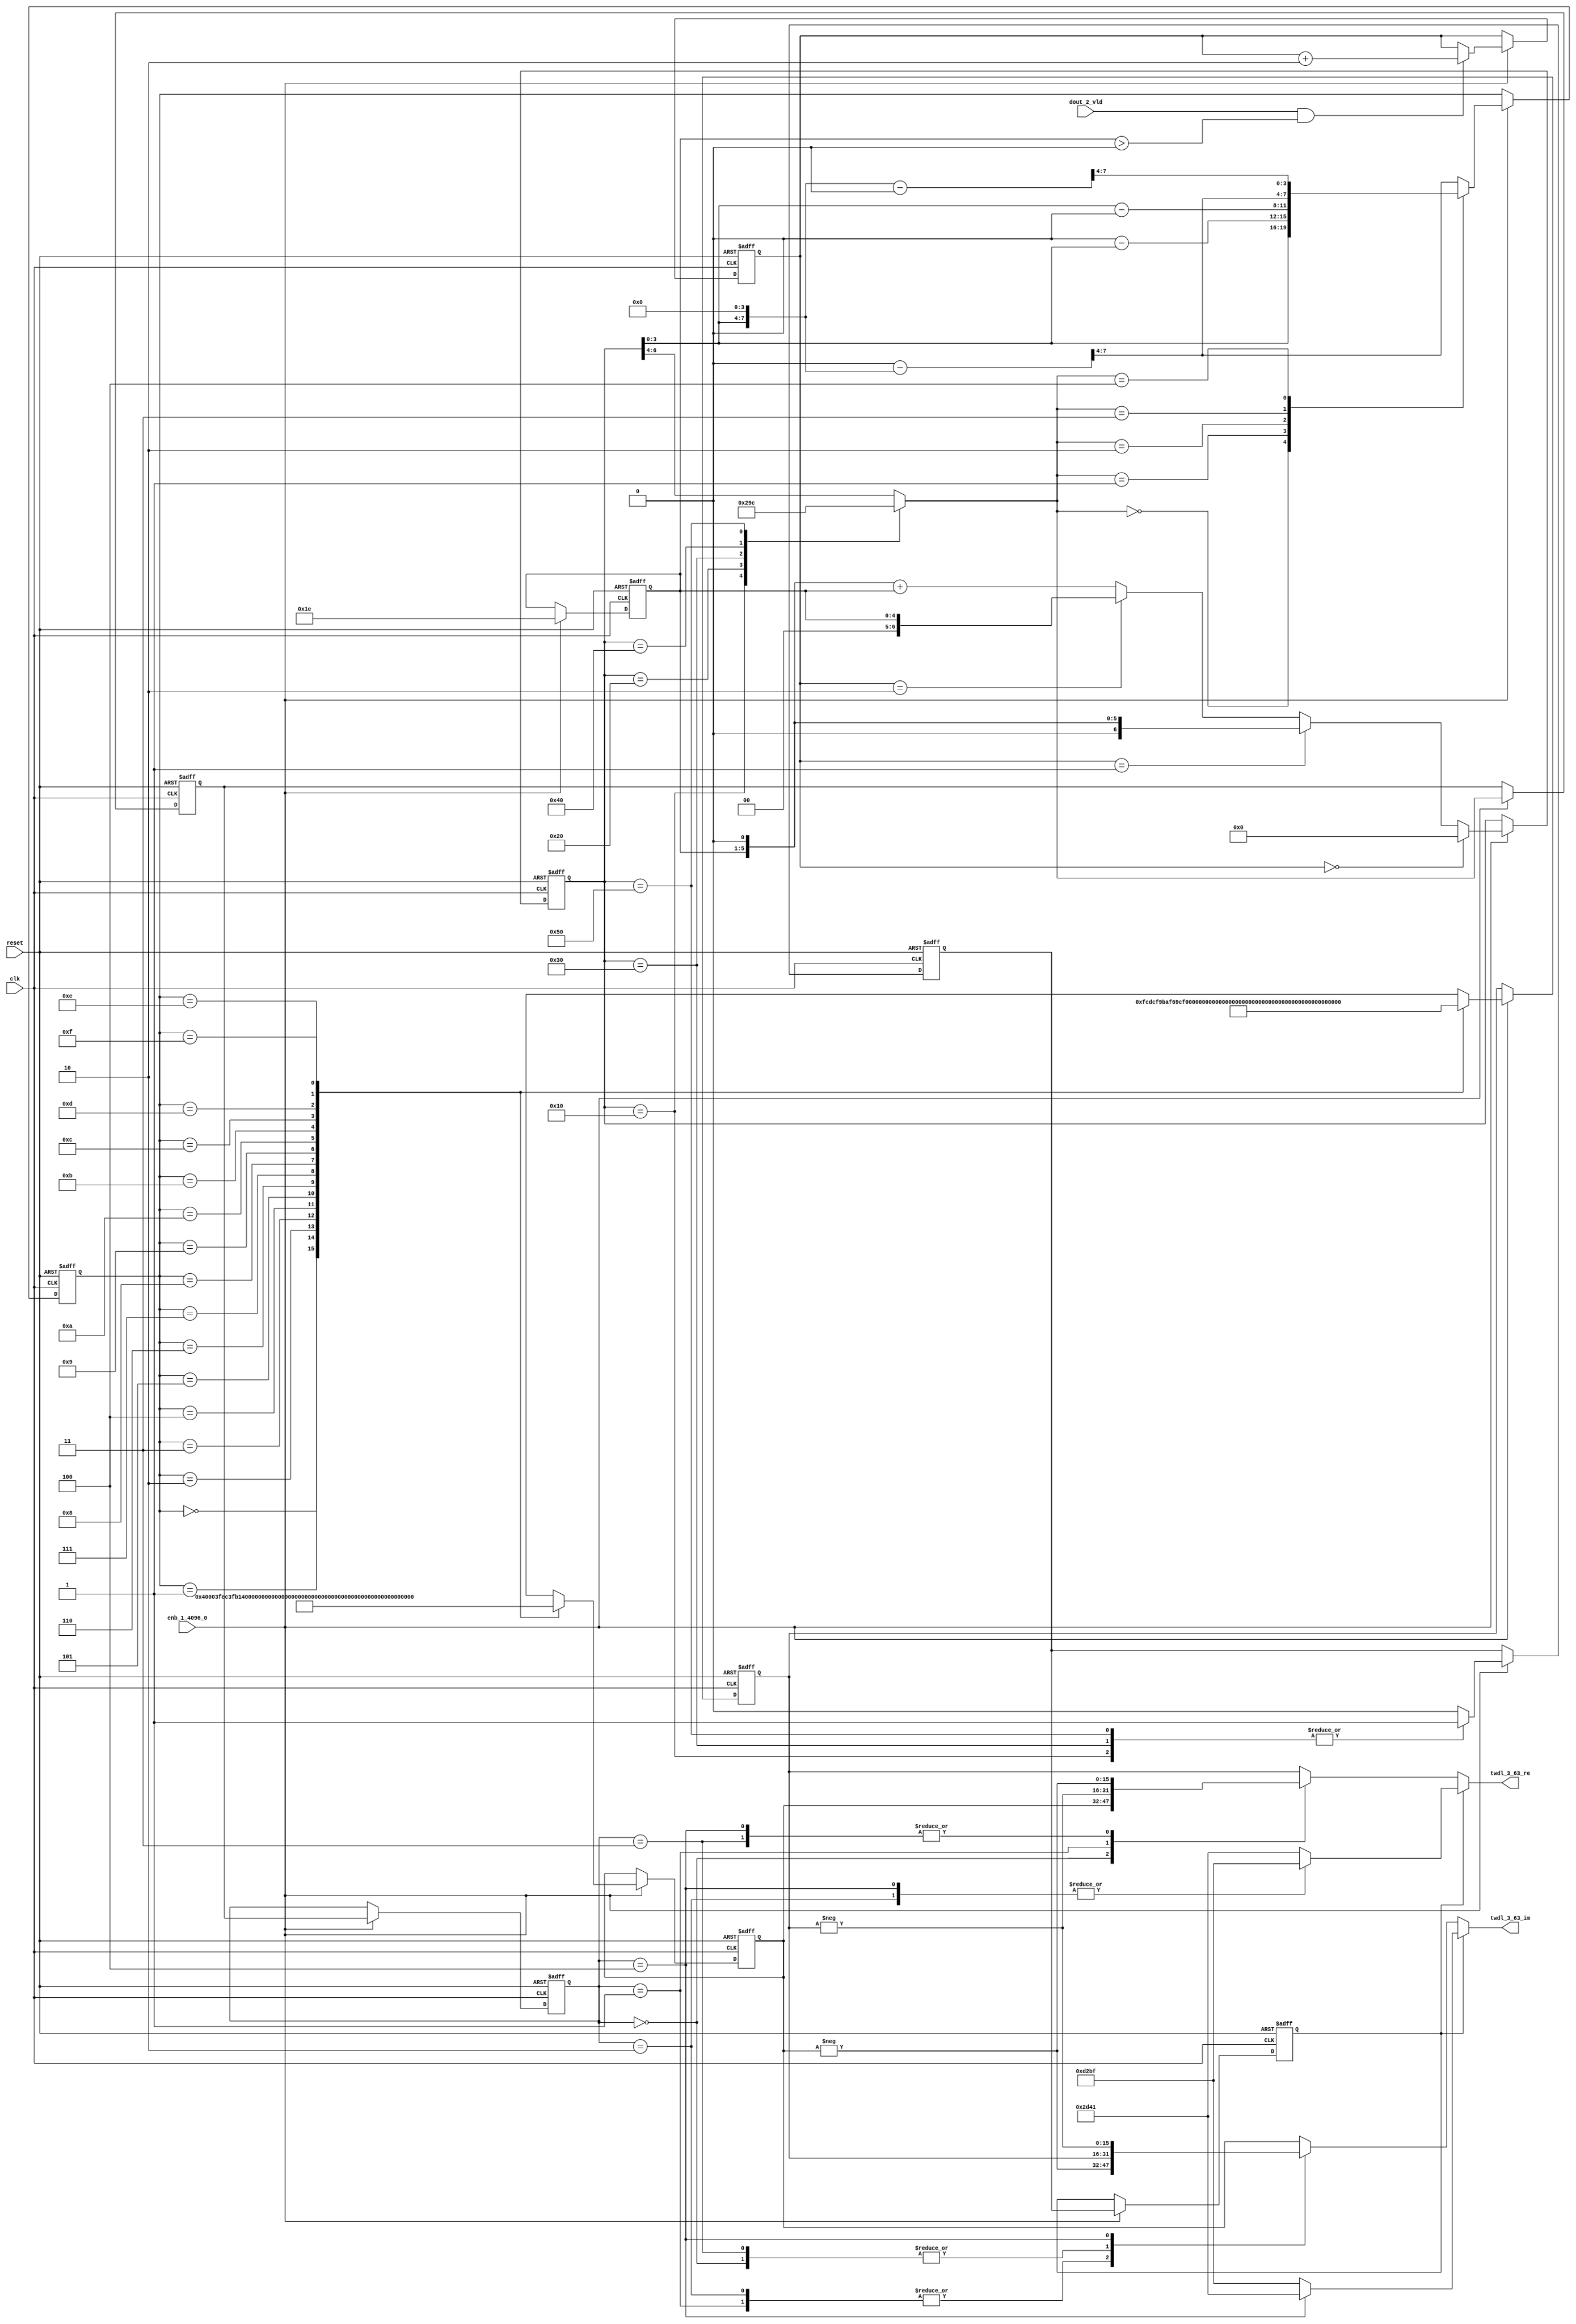
// -------------------------------------------------------------
// 
// 
// Generated by MATLAB 9.14 and HDL Coder 4.1
// 
// -------------------------------------------------------------


// -------------------------------------------------------------
// 
// Module: TWDLROM_3_63
// Source Path: dsphdl.IFFT/TWDLROM_3_63
// Hierarchy Level: 4
// 
// -------------------------------------------------------------

`timescale 1 ns / 1 ns

module TWDLROM_3_63
          (clk,
           reset,
           enb_1_4096_0,
           dout_2_vld,
           twdl_3_63_re,
           twdl_3_63_im);


  input   clk;
  input   reset;
  input   enb_1_4096_0;
  input   dout_2_vld;
  output  signed [15:0] twdl_3_63_re;  // sfix16_En14
  output  signed [15:0] twdl_3_63_im;  // sfix16_En14


  reg [4:0] Radix22TwdlMapping_cnt;  // ufix5
  reg [1:0] Radix22TwdlMapping_phase;  // ufix2
  reg [2:0] Radix22TwdlMapping_octantReg1;  // ufix3
  reg [6:0] Radix22TwdlMapping_twdlAddr_raw;  // ufix7
  reg [3:0] Radix22TwdlMapping_twdlAddrMap;  // ufix4
  reg  Radix22TwdlMapping_twdl45Reg;
  reg  Radix22TwdlMapping_dvldReg1;
  reg  Radix22TwdlMapping_dvldReg2;
  reg [4:0] Radix22TwdlMapping_cnt_next;  // ufix5
  reg [1:0] Radix22TwdlMapping_phase_next;  // ufix2
  reg [2:0] Radix22TwdlMapping_octantReg1_next;  // ufix3
  reg [6:0] Radix22TwdlMapping_twdlAddr_raw_next;  // ufix7
  reg [3:0] Radix22TwdlMapping_twdlAddrMap_next;  // ufix4
  reg  Radix22TwdlMapping_twdl45Reg_next;
  reg  Radix22TwdlMapping_dvldReg1_next;
  reg  Radix22TwdlMapping_dvldReg2_next;
  reg [3:0] twdlAddr;  // ufix4
  reg  twdlAddrVld;
  reg [2:0] twdlOctant;  // ufix3
  reg  twdl45;
  wire signed [15:0] Twiddle_re_table_data [0:15];  // sfix16_En14 [16]
  wire signed [15:0] twiddleS_re;  // sfix16_En14
  reg signed [15:0] twiddleReg_re;  // sfix16_En14
  wire signed [15:0] Twiddle_im_table_data [0:15];  // sfix16_En14 [16]
  wire signed [15:0] twiddleS_im;  // sfix16_En14
  reg signed [15:0] twiddleReg_im;  // sfix16_En14
  reg [2:0] twdlOctantReg;  // ufix3
  reg  twdl45Reg;
  reg signed [15:0] twdl_3_63_re_1;  // sfix16_En14
  reg signed [15:0] twdl_3_63_im_1;  // sfix16_En14
  reg [2:0] Radix22TwdlMapping_octant;  // ufix3
  reg [6:0] Radix22TwdlMapping_cnt_cast;  // ufix7
  reg signed [15:0] Radix22TwdlMapping_sub_cast;  // sfix16_En4
  reg signed [15:0] Radix22TwdlMapping_sub_temp;  // sfix16_En4
  reg signed [8:0] Radix22TwdlMapping_sub_temp_0;  // sfix9
  reg signed [8:0] Radix22TwdlMapping_sub_temp_1;  // sfix9
  reg signed [15:0] Radix22TwdlMapping_sub_cast_0;  // sfix16_En4
  reg signed [15:0] Radix22TwdlMapping_sub_temp_2;  // sfix16_En4
  reg signed [15:0] Radix22TwdlMapping_sub_cast_1;  // sfix16_En4
  reg signed [15:0] Radix22TwdlMapping_sub_temp_3;  // sfix16_En4
  reg [6:0] Radix22TwdlMapping_t_0_0;  // ufix7
  reg signed [8:0] Radix22TwdlMapping_t_1;  // sfix9
  reg signed [8:0] Radix22TwdlMapping_t_2_0;  // sfix9
  reg signed [15:0] Radix22TwdlOctCorr_twdlIn_re;  // sfix16_En14
  reg signed [15:0] Radix22TwdlOctCorr_twdlIn_im;  // sfix16_En14
  reg signed [16:0] Radix22TwdlOctCorr_cast;  // sfix17_En14
  reg signed [16:0] Radix22TwdlOctCorr_cast_0;  // sfix17_En14
  reg signed [16:0] Radix22TwdlOctCorr_cast_1;  // sfix17_En14
  reg signed [16:0] Radix22TwdlOctCorr_cast_2;  // sfix17_En14
  reg signed [16:0] Radix22TwdlOctCorr_cast_3;  // sfix17_En14
  reg signed [16:0] Radix22TwdlOctCorr_cast_4;  // sfix17_En14
  reg signed [16:0] Radix22TwdlOctCorr_cast_5;  // sfix17_En14
  reg signed [16:0] Radix22TwdlOctCorr_cast_6;  // sfix17_En14
  reg signed [16:0] Radix22TwdlOctCorr_cast_7;  // sfix17_En14
  reg signed [16:0] Radix22TwdlOctCorr_cast_8;  // sfix17_En14
  reg signed [16:0] Radix22TwdlOctCorr_cast_9;  // sfix17_En14
  reg signed [16:0] Radix22TwdlOctCorr_cast_10;  // sfix17_En14


  // Radix22TwdlMapping
  always @(posedge clk or posedge reset)
    begin : Radix22TwdlMapping_process
      if (reset == 1'b1) begin
        Radix22TwdlMapping_octantReg1 <= 3'b000;
        Radix22TwdlMapping_twdlAddr_raw <= 7'b0000000;
        Radix22TwdlMapping_twdlAddrMap <= 4'b0000;
        Radix22TwdlMapping_twdl45Reg <= 1'b0;
        Radix22TwdlMapping_dvldReg1 <= 1'b0;
        Radix22TwdlMapping_dvldReg2 <= 1'b0;
        Radix22TwdlMapping_cnt <= 5'b11110;
        Radix22TwdlMapping_phase <= 2'b01;
      end
      else begin
        if (enb_1_4096_0) begin
          Radix22TwdlMapping_cnt <= Radix22TwdlMapping_cnt_next;
          Radix22TwdlMapping_phase <= Radix22TwdlMapping_phase_next;
          Radix22TwdlMapping_octantReg1 <= Radix22TwdlMapping_octantReg1_next;
          Radix22TwdlMapping_twdlAddr_raw <= Radix22TwdlMapping_twdlAddr_raw_next;
          Radix22TwdlMapping_twdlAddrMap <= Radix22TwdlMapping_twdlAddrMap_next;
          Radix22TwdlMapping_twdl45Reg <= Radix22TwdlMapping_twdl45Reg_next;
          Radix22TwdlMapping_dvldReg1 <= Radix22TwdlMapping_dvldReg1_next;
          Radix22TwdlMapping_dvldReg2 <= Radix22TwdlMapping_dvldReg2_next;
        end
      end
    end

  always @(Radix22TwdlMapping_cnt, Radix22TwdlMapping_dvldReg1,
       Radix22TwdlMapping_dvldReg2, Radix22TwdlMapping_octantReg1,
       Radix22TwdlMapping_phase, Radix22TwdlMapping_twdl45Reg,
       Radix22TwdlMapping_twdlAddrMap, Radix22TwdlMapping_twdlAddr_raw,
       dout_2_vld) begin
    Radix22TwdlMapping_sub_temp = 16'sb0000000000000000;
    Radix22TwdlMapping_sub_temp_0 = 9'sb000000000;
    Radix22TwdlMapping_sub_temp_1 = 9'sb000000000;
    Radix22TwdlMapping_sub_temp_2 = 16'sb0000000000000000;
    Radix22TwdlMapping_sub_temp_3 = 16'sb0000000000000000;
    Radix22TwdlMapping_sub_cast_1 = 16'sb0000000000000000;
    Radix22TwdlMapping_t_0_0 = 7'b0000000;
    Radix22TwdlMapping_cnt_cast = 7'b0000000;
    Radix22TwdlMapping_sub_cast_0 = 16'sb0000000000000000;
    Radix22TwdlMapping_t_2_0 = 9'sb000000000;
    Radix22TwdlMapping_t_1 = 9'sb000000000;
    Radix22TwdlMapping_sub_cast = 16'sb0000000000000000;
    Radix22TwdlMapping_phase_next = Radix22TwdlMapping_phase;
    Radix22TwdlMapping_dvldReg2_next = Radix22TwdlMapping_dvldReg1;
    Radix22TwdlMapping_dvldReg1_next = dout_2_vld;
    case ( Radix22TwdlMapping_twdlAddr_raw)
      7'b0010000 :
        begin
          Radix22TwdlMapping_octant = 3'b000;
          Radix22TwdlMapping_twdl45Reg_next = 1'b1;
        end
      7'b0100000 :
        begin
          Radix22TwdlMapping_octant = 3'b001;
          Radix22TwdlMapping_twdl45Reg_next = 1'b0;
        end
      7'b0110000 :
        begin
          Radix22TwdlMapping_octant = 3'b010;
          Radix22TwdlMapping_twdl45Reg_next = 1'b1;
        end
      7'b1000000 :
        begin
          Radix22TwdlMapping_octant = 3'b011;
          Radix22TwdlMapping_twdl45Reg_next = 1'b0;
        end
      7'b1010000 :
        begin
          Radix22TwdlMapping_octant = 3'b100;
          Radix22TwdlMapping_twdl45Reg_next = 1'b1;
        end
      default :
        begin
          Radix22TwdlMapping_octant = Radix22TwdlMapping_twdlAddr_raw[6:4];
          Radix22TwdlMapping_twdl45Reg_next = 1'b0;
        end
    endcase
    Radix22TwdlMapping_octantReg1_next = Radix22TwdlMapping_octant;
    case ( Radix22TwdlMapping_octant)
      3'b000 :
        begin
          Radix22TwdlMapping_twdlAddrMap_next = Radix22TwdlMapping_twdlAddr_raw[3:0];
        end
      3'b001 :
        begin
          Radix22TwdlMapping_t_1 = {2'b0, Radix22TwdlMapping_twdlAddr_raw};
          Radix22TwdlMapping_sub_temp_0 = 9'sb000100000 - Radix22TwdlMapping_t_1;
          Radix22TwdlMapping_twdlAddrMap_next = Radix22TwdlMapping_sub_temp_0[3:0];
        end
      3'b010 :
        begin
          Radix22TwdlMapping_t_2_0 = {2'b0, Radix22TwdlMapping_twdlAddr_raw};
          Radix22TwdlMapping_sub_temp_1 = Radix22TwdlMapping_t_2_0 - 9'sb000100000;
          Radix22TwdlMapping_twdlAddrMap_next = Radix22TwdlMapping_sub_temp_1[3:0];
        end
      3'b011 :
        begin
          Radix22TwdlMapping_sub_cast_0 = {5'b0, {Radix22TwdlMapping_twdlAddr_raw, 4'b0000}};
          Radix22TwdlMapping_sub_temp_2 = 16'sb0000010000000000 - Radix22TwdlMapping_sub_cast_0;
          Radix22TwdlMapping_twdlAddrMap_next = Radix22TwdlMapping_sub_temp_2[7:4];
        end
      3'b100 :
        begin
          Radix22TwdlMapping_sub_cast_1 = {5'b0, {Radix22TwdlMapping_twdlAddr_raw, 4'b0000}};
          Radix22TwdlMapping_sub_temp_3 = Radix22TwdlMapping_sub_cast_1 - 16'sb0000010000000000;
          Radix22TwdlMapping_twdlAddrMap_next = Radix22TwdlMapping_sub_temp_3[7:4];
        end
      default :
        begin
          Radix22TwdlMapping_sub_cast = {5'b0, {Radix22TwdlMapping_twdlAddr_raw, 4'b0000}};
          Radix22TwdlMapping_sub_temp = 16'sb0000011000000000 - Radix22TwdlMapping_sub_cast;
          Radix22TwdlMapping_twdlAddrMap_next = Radix22TwdlMapping_sub_temp[7:4];
        end
    endcase
    if (Radix22TwdlMapping_phase == 2'b00) begin
      Radix22TwdlMapping_twdlAddr_raw_next = 7'b0000000;
    end
    else if (Radix22TwdlMapping_phase == 2'b01) begin
      Radix22TwdlMapping_t_0_0 = {2'b0, Radix22TwdlMapping_cnt};
      Radix22TwdlMapping_twdlAddr_raw_next = Radix22TwdlMapping_t_0_0 <<< 8'd1;
    end
    else if (Radix22TwdlMapping_phase == 2'b10) begin
      Radix22TwdlMapping_twdlAddr_raw_next = {2'b0, Radix22TwdlMapping_cnt};
    end
    else begin
      Radix22TwdlMapping_cnt_cast = {2'b0, Radix22TwdlMapping_cnt};
      Radix22TwdlMapping_twdlAddr_raw_next = (Radix22TwdlMapping_cnt_cast <<< 8'd1) + Radix22TwdlMapping_cnt_cast;
    end
    if (dout_2_vld && (Radix22TwdlMapping_cnt > 5'b00000)) begin
      Radix22TwdlMapping_phase_next = Radix22TwdlMapping_phase + 2'b10;
    end
    Radix22TwdlMapping_cnt_next = 5'b11110;
    twdlAddr = Radix22TwdlMapping_twdlAddrMap;
    twdlAddrVld = Radix22TwdlMapping_dvldReg2;
    twdlOctant = Radix22TwdlMapping_octantReg1;
    twdl45 = Radix22TwdlMapping_twdl45Reg;
  end



  // Twiddle ROM1
  assign Twiddle_re_table_data[0] = 16'sb0100000000000000;
  assign Twiddle_re_table_data[1] = 16'sb0011111111101100;
  assign Twiddle_re_table_data[2] = 16'sb0011111110110001;
  assign Twiddle_re_table_data[3] = 16'sb0011111101001111;
  assign Twiddle_re_table_data[4] = 16'sb0011111011000101;
  assign Twiddle_re_table_data[5] = 16'sb0011111000010101;
  assign Twiddle_re_table_data[6] = 16'sb0011110100111111;
  assign Twiddle_re_table_data[7] = 16'sb0011110001000010;
  assign Twiddle_re_table_data[8] = 16'sb0011101100100001;
  assign Twiddle_re_table_data[9] = 16'sb0011100111011011;
  assign Twiddle_re_table_data[10] = 16'sb0011100001110001;
  assign Twiddle_re_table_data[11] = 16'sb0011011011100101;
  assign Twiddle_re_table_data[12] = 16'sb0011010100110111;
  assign Twiddle_re_table_data[13] = 16'sb0011001101101000;
  assign Twiddle_re_table_data[14] = 16'sb0011000101111001;
  assign Twiddle_re_table_data[15] = 16'sb0010111101101100;
  assign twiddleS_re = Twiddle_re_table_data[twdlAddr];



  always @(posedge clk or posedge reset)
    begin : TWIDDLEROM_RE_process
      if (reset == 1'b1) begin
        twiddleReg_re <= 16'sb0000000000000000;
      end
      else begin
        if (enb_1_4096_0) begin
          twiddleReg_re <= twiddleS_re;
        end
      end
    end



  // Twiddle ROM2
  assign Twiddle_im_table_data[0] = 16'sb0000000000000000;
  assign Twiddle_im_table_data[1] = 16'sb1111110011011100;
  assign Twiddle_im_table_data[2] = 16'sb1111100110111010;
  assign Twiddle_im_table_data[3] = 16'sb1111011010011100;
  assign Twiddle_im_table_data[4] = 16'sb1111001110000100;
  assign Twiddle_im_table_data[5] = 16'sb1111000001110011;
  assign Twiddle_im_table_data[6] = 16'sb1110110101101100;
  assign Twiddle_im_table_data[7] = 16'sb1110101001110000;
  assign Twiddle_im_table_data[8] = 16'sb1110011110000010;
  assign Twiddle_im_table_data[9] = 16'sb1110010010100011;
  assign Twiddle_im_table_data[10] = 16'sb1110000111010101;
  assign Twiddle_im_table_data[11] = 16'sb1101111100011001;
  assign Twiddle_im_table_data[12] = 16'sb1101110001110010;
  assign Twiddle_im_table_data[13] = 16'sb1101100111100000;
  assign Twiddle_im_table_data[14] = 16'sb1101011101100110;
  assign Twiddle_im_table_data[15] = 16'sb1101010100000101;
  assign twiddleS_im = Twiddle_im_table_data[twdlAddr];



  always @(posedge clk or posedge reset)
    begin : TWIDDLEROM_IM_process
      if (reset == 1'b1) begin
        twiddleReg_im <= 16'sb0000000000000000;
      end
      else begin
        if (enb_1_4096_0) begin
          twiddleReg_im <= twiddleS_im;
        end
      end
    end



  always @(posedge clk or posedge reset)
    begin : intdelay_process
      if (reset == 1'b1) begin
        twdlOctantReg <= 3'b000;
      end
      else begin
        if (enb_1_4096_0) begin
          twdlOctantReg <= twdlOctant;
        end
      end
    end



  always @(posedge clk or posedge reset)
    begin : intdelay_1_process
      if (reset == 1'b1) begin
        twdl45Reg <= 1'b0;
      end
      else begin
        if (enb_1_4096_0) begin
          twdl45Reg <= twdl45;
        end
      end
    end



  // Radix22TwdlOctCorr
  always @(twdl45Reg, twdlOctantReg, twiddleReg_im, twiddleReg_re) begin
    Radix22TwdlOctCorr_cast_0 = 17'sb00000000000000000;
    Radix22TwdlOctCorr_cast_2 = 17'sb00000000000000000;
    Radix22TwdlOctCorr_cast_4 = 17'sb00000000000000000;
    Radix22TwdlOctCorr_cast_6 = 17'sb00000000000000000;
    Radix22TwdlOctCorr_cast_8 = 17'sb00000000000000000;
    Radix22TwdlOctCorr_cast_10 = 17'sb00000000000000000;
    Radix22TwdlOctCorr_cast_3 = 17'sb00000000000000000;
    Radix22TwdlOctCorr_cast_9 = 17'sb00000000000000000;
    Radix22TwdlOctCorr_cast_1 = 17'sb00000000000000000;
    Radix22TwdlOctCorr_cast_7 = 17'sb00000000000000000;
    Radix22TwdlOctCorr_cast = 17'sb00000000000000000;
    Radix22TwdlOctCorr_cast_5 = 17'sb00000000000000000;
    Radix22TwdlOctCorr_twdlIn_re = twiddleReg_re;
    Radix22TwdlOctCorr_twdlIn_im = twiddleReg_im;
    if (twdl45Reg) begin
      case ( twdlOctantReg)
        3'b000 :
          begin
            Radix22TwdlOctCorr_twdlIn_re = 16'sb0010110101000001;
            Radix22TwdlOctCorr_twdlIn_im = 16'sb1101001010111111;
          end
        3'b010 :
          begin
            Radix22TwdlOctCorr_twdlIn_re = 16'sb1101001010111111;
            Radix22TwdlOctCorr_twdlIn_im = 16'sb1101001010111111;
          end
        3'b100 :
          begin
            Radix22TwdlOctCorr_twdlIn_re = 16'sb1101001010111111;
            Radix22TwdlOctCorr_twdlIn_im = 16'sb0010110101000001;
          end
        default :
          begin
            Radix22TwdlOctCorr_twdlIn_re = 16'sb0010110101000001;
            Radix22TwdlOctCorr_twdlIn_im = 16'sb1101001010111111;
          end
      endcase
    end
    else begin
      case ( twdlOctantReg)
        3'b000 :
          begin
          end
        3'b001 :
          begin
            Radix22TwdlOctCorr_cast = {twiddleReg_im[15], twiddleReg_im};
            Radix22TwdlOctCorr_cast_0 =  - (Radix22TwdlOctCorr_cast);
            Radix22TwdlOctCorr_twdlIn_re = Radix22TwdlOctCorr_cast_0[15:0];
            Radix22TwdlOctCorr_cast_5 = {twiddleReg_re[15], twiddleReg_re};
            Radix22TwdlOctCorr_cast_6 =  - (Radix22TwdlOctCorr_cast_5);
            Radix22TwdlOctCorr_twdlIn_im = Radix22TwdlOctCorr_cast_6[15:0];
          end
        3'b010 :
          begin
            Radix22TwdlOctCorr_twdlIn_re = twiddleReg_im;
            Radix22TwdlOctCorr_cast_7 = {twiddleReg_re[15], twiddleReg_re};
            Radix22TwdlOctCorr_cast_8 =  - (Radix22TwdlOctCorr_cast_7);
            Radix22TwdlOctCorr_twdlIn_im = Radix22TwdlOctCorr_cast_8[15:0];
          end
        3'b011 :
          begin
            Radix22TwdlOctCorr_cast_1 = {twiddleReg_re[15], twiddleReg_re};
            Radix22TwdlOctCorr_cast_2 =  - (Radix22TwdlOctCorr_cast_1);
            Radix22TwdlOctCorr_twdlIn_re = Radix22TwdlOctCorr_cast_2[15:0];
            Radix22TwdlOctCorr_twdlIn_im = twiddleReg_im;
          end
        3'b100 :
          begin
            Radix22TwdlOctCorr_cast_3 = {twiddleReg_re[15], twiddleReg_re};
            Radix22TwdlOctCorr_cast_4 =  - (Radix22TwdlOctCorr_cast_3);
            Radix22TwdlOctCorr_twdlIn_re = Radix22TwdlOctCorr_cast_4[15:0];
            Radix22TwdlOctCorr_cast_9 = {twiddleReg_im[15], twiddleReg_im};
            Radix22TwdlOctCorr_cast_10 =  - (Radix22TwdlOctCorr_cast_9);
            Radix22TwdlOctCorr_twdlIn_im = Radix22TwdlOctCorr_cast_10[15:0];
          end
        default :
          begin
            Radix22TwdlOctCorr_twdlIn_re = twiddleReg_im;
            Radix22TwdlOctCorr_twdlIn_im = twiddleReg_re;
          end
      endcase
    end
    twdl_3_63_re_1 = Radix22TwdlOctCorr_twdlIn_re;
    twdl_3_63_im_1 = Radix22TwdlOctCorr_twdlIn_im;
  end



  assign twdl_3_63_re = twdl_3_63_re_1;

  assign twdl_3_63_im = twdl_3_63_im_1;

endmodule  // TWDLROM_3_63